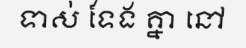
ទាស់ ទែង គ្នា នៅ